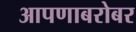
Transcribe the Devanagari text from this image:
आपणाबरोबर